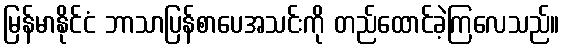
မြန်မာနိုင်ငံ ဘာသာပြန်စာပေအသင်းကို တည်ထောင်ခဲ့ကြလေသည်။